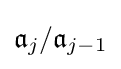
{\mathfrak {a}}_{j}/{\mathfrak {a}}_{j-1}